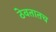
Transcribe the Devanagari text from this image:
ठेवतातच